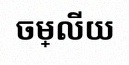
ចម្លើយ